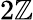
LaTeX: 2\mathbb{Z}